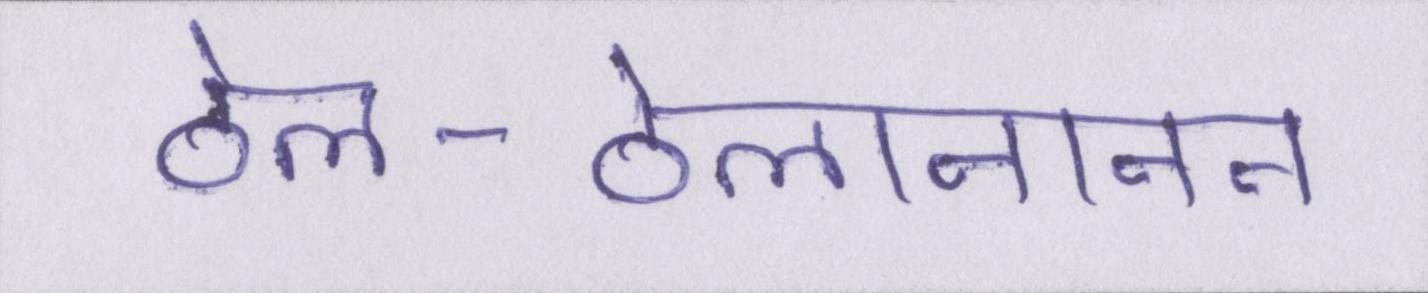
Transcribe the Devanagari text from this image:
ठेल-ठेलानानन